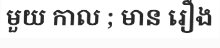
មួយ កាល ; មាន រឿង